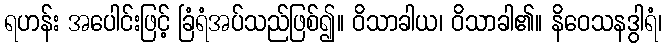
ရဟန်း အပေါင်းဖြင့် ခြံရံအပ်သည်ဖြစ်၍။ ဝိသာခါယ၊ ဝိသာခါ၏။ နိဝေသနဒွါရံ၊